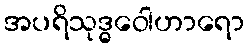
အပရိသုဒ္ဓဝေါဟာရော